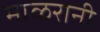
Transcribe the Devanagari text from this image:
माळरानी